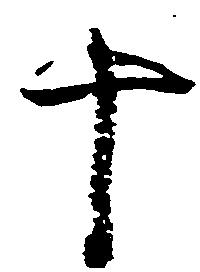
十